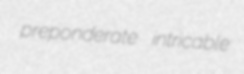
preponderate intricable